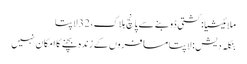
ملائیشیا: کشتی ڈوبنے سے پانچ ہلاک، 32 لاپتا
بنگلہ دیش: لاپتا مسافروں کے زندہ بچنے کا امکان نہیں